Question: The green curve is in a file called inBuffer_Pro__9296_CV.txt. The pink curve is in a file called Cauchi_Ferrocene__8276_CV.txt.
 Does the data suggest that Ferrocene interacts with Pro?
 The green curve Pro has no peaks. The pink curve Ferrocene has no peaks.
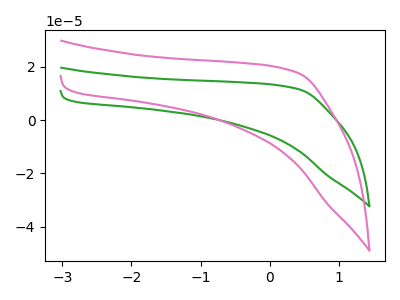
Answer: <think>Neither "Ferrocene" or "Pro" have any peaks.
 </think>
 <answer>No, "Ferrocene" and "Pro" don't appear to be significantly different in shape</answer>
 <eval>no_change</eval>